Annual report on the working of the Harcourt Butler Institute of Public Health, Rangoon
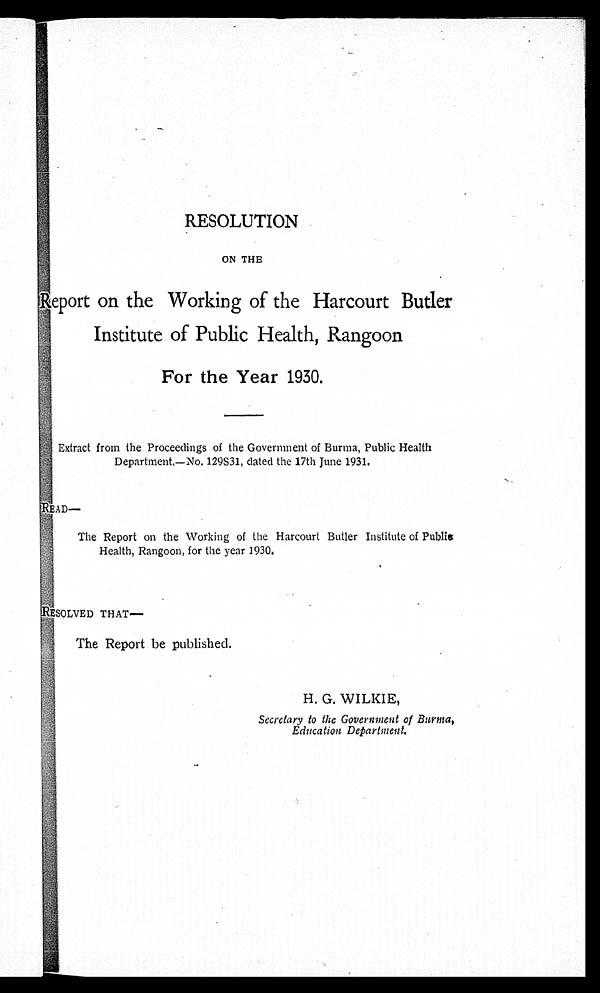
RESOLUTION
ON THE
Report on the Working of the Harcourt Butler
Institute of Public Health, Rangoon
For the Year 1930.
Extract from the Proceedings of the Government of Burma, Public Health
Department,—No. 129S31, dated the 17th June 1931.
READ—
The Report on the Working of the Harcourt Butler Institute of Publi
c Health, Rangoon, for the year 1930.
RESOLVED THAT—
The Report be published.
Secretary to the Government of Burma,
Education Department.